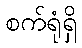
စက်ရုံရှိ